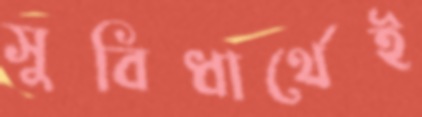
সুবিধার্থেই